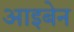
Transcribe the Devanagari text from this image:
आइबेन